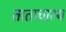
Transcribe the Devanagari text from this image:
ताताचारय